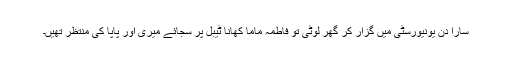
سارا دن یونیورسٹی میں گزار کر گھر لوٹی تو فاطمہ ماما کھانا ٹیبل پر سجائے میری اور پاپا کی منتظر تھیں۔